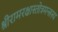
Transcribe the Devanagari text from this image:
श्रीरामरक्षास्तोत्रमन्त्रस्य